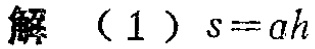
解（1）\(s = ah\)